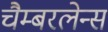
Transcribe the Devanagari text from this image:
चैम्बरलेन्स